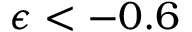
\epsilon < - 0 . 6